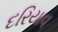
દરિયાવ